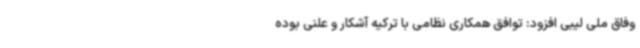
وفاق ملی لیبی افزود: توافق همکاری نظامی با ترکیه آشکار و علنی بوده